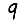
Digit: 9